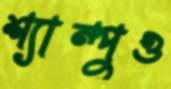
শ্যাম্পুও